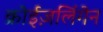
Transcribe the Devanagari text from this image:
क्रोईज़लिंगेन